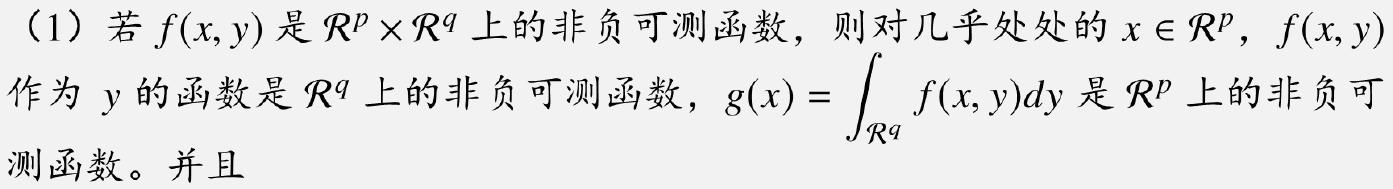
（1）若$f(x,y)$是$\mathcal{R}^p\times\mathcal{R}^q$上的非负可测函数，则对几乎处处的$x\in\mathcal{R}^p$，$f(x,y)$作为$y$的函数是$\mathcal{R}^q$上的非负可测函数，$g(x)=\int_{\mathcal{R}^q}f(x,y)dy$是$\mathcal{R}^p$上的非负可测函数。并且